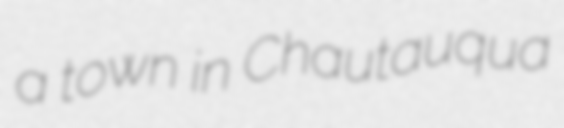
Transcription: a town in Chautauqua